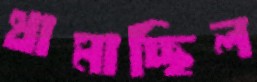
থামাচ্ছিল